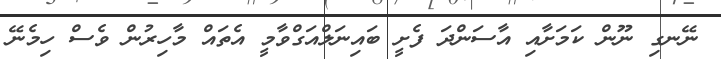
ނޭނގި ނޫން ކަމަށާއި އާސަންދަ ފެށީ ބައިނަލްއަގްވާމީ އެތައް މާހިރުން ވެސް ހިމެނޭ